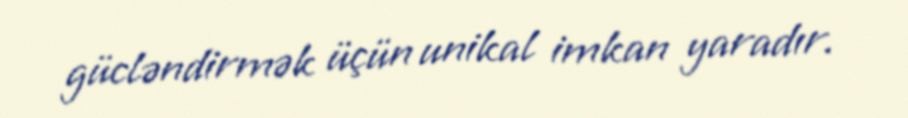
gücləndirmək üçün unikal imkan yaradır.